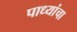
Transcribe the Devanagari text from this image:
पाध्यांचा